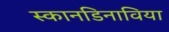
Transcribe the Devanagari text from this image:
स्कानडिनाविया